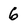
Character: 6